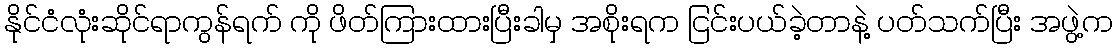
နိုင်ငံလုံးဆိုင်ရာကွန်ရက် ကို ဖိတ်ကြားထားပြီးခါမှ အစိုးရက ငြင်းပယ်ခဲ့တာနဲ့ ပတ်သက်ပြီး အဖွဲ့က